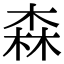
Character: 森